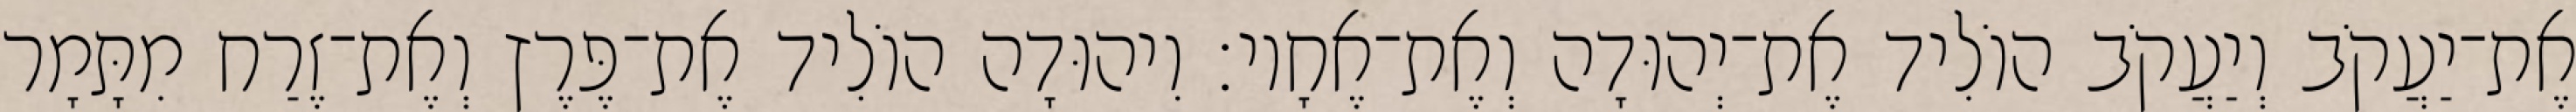
אֶת־יַעֲקֹב וְיַעֲקֹב הוֹלִיד אֶת־יְהוּדָה וְאֶת־אֶחָיו׃ וִיהוּדָה הוֹלִיד אֶת־פֶּרֶץ וְאֶת־זֶרַח מִתָּמָר